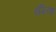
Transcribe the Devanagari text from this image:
इंग्‍लिश